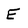
Character: E